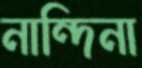
নান্দিনা